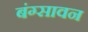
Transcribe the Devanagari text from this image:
बंग्सावन